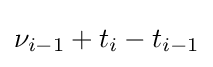
\nu _{i-1}+t_{i}-t_{i-1}